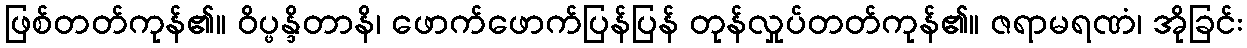
ဖြစ်တတ်ကုန်၏။ ဝိပ္ဖန္ဒိတာနိ၊ ဖောက်ဖောက်ပြန်ပြန် တုန်လှုပ်တတ်ကုန်၏။ ဇရာမရဏံ၊ အိုခြင်း